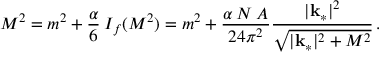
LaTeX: M ^ { 2 } = m ^ { 2 } + \frac { \alpha } { 6 } \: I _ { f } ( M ^ { 2 } ) = m ^ { 2 } + \frac { \alpha \: N \: A } { 2 4 \pi ^ { 2 } } \frac { | { \bf k } _ { * } | ^ { 2 } } { \sqrt { | { \bf k } _ { * } | ^ { 2 } + M ^ { 2 } } } \, .